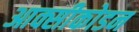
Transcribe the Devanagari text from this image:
आक्सीकोडन